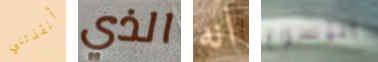
أنقذتني الذي انه اليسوع